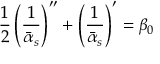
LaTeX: { \frac { 1 } { 2 } } \left( \frac { 1 } { \bar { \alpha } _ { s } } \right) ^ { \prime \prime } + \left( \frac { 1 } { \bar { \alpha } _ { s } } \right) ^ { \prime } = \beta _ { 0 }